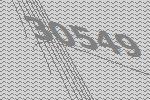
30549